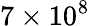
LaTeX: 7\times 10^{8}